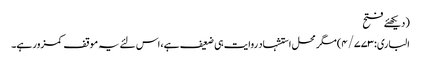
(دیکھئے فتح
الباری:۴/۷۷۳) مگر محل استشہاد روایت ہی ضعیف ہے، اس لئے یہ موقف کمزور ہے۔